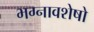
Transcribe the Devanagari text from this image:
भग्नावशेषो